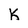
Character: K